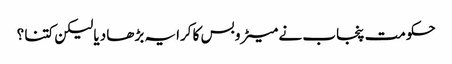
حکومت پنجاب نے میٹرو بس کا کرایہ بڑھا دیا لیکن کتنا ؟